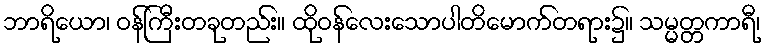
ဘာရိယော၊ ဝန်ကြီးတခုတည်း။ ထိုဝန်လေးသောပါတိမောက်တရား၌။ သမ္မတ္တကာရီ၊